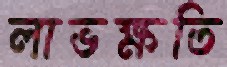
লাভক্ষতি